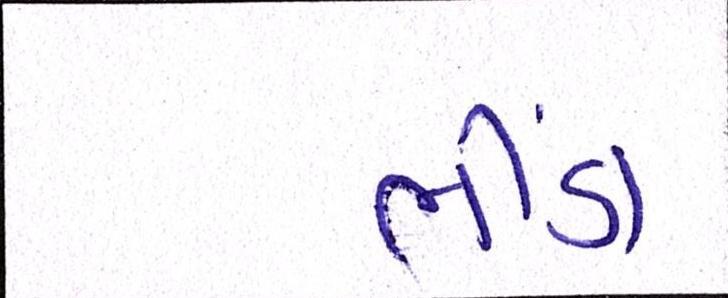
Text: ભીંડા